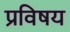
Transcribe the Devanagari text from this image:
प्रविषय